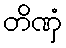
တိဏှံ